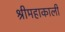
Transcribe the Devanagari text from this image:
श्रीमहाकाली